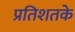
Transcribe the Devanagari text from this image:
प्रतिशतके